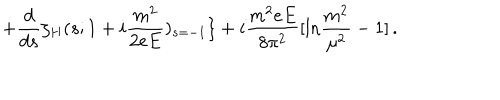
\nonumber + \frac { d } { d s } \zeta _ { H } ( s ; 1 + i \frac { m ^ { 2 } } { 2 e E } ) _ { s = - 1 } \} + i \frac { m ^ { 2 } e E } { 8 \pi ^ { 2 } } [ \mathrm { l n } \frac { m ^ { 2 } } { \mu ^ { 2 } } - 1 ] \, .